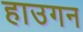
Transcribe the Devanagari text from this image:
हाउगन